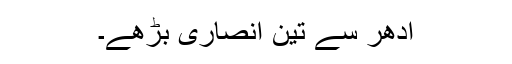
ادھر سے تین انصاری بڑھے۔